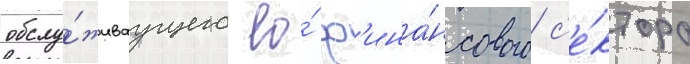
обслу́живаущего ео́ ф'ина́нсового с'е́ктора